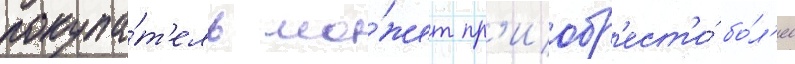
покупа́т'ель мо́жет пр'иобр'ест'и́ бо́л'ее